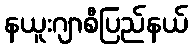
နယူးဂျာစီပြည်နယ်